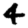
Digit: 4